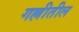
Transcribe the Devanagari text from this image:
गल्लीतील